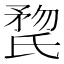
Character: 𣱏